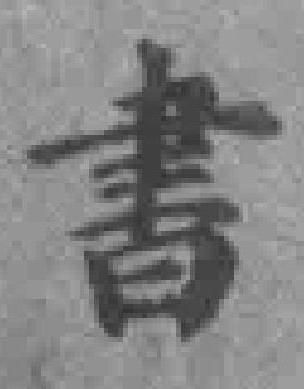
書